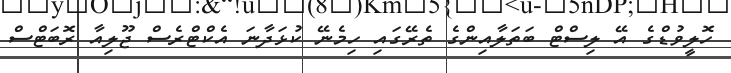
ހޮލީވުޑްގެ އޭ ލިސްޓް ބަތަލާއިންގެ ތެރޭގައި ހިމެނޭ ކުޅަދާނަ އެކްޓްރެސް ޖޫލިއާ ރޮބަޓްސް